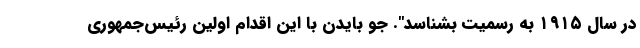
در سال ۱۹۱۵ به رسمیت بشناسد". جو بایدن با این اقدام اولین رئیس‌جمهوری